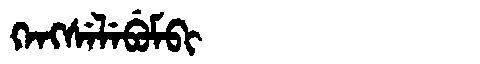
Manchu: ᡴᡝᠩᠰᡝᠯᡝᠪᡠᠮᠪᡳ
Romanization: KENGSELEBUMBI